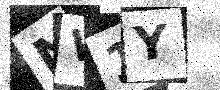
Text: NV1Y